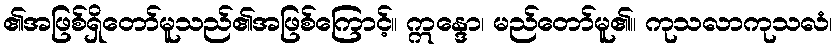
၏အဖြစ်ရှိတော်မူသည်၏အဖြစ်ကြောင့်။ ဣန္ဒော၊ မည်တော်မူ၏။ ကုသလာကုသလံ၊